Bombay plague: being a history of the progress of plague in the Bombay presidency from September 1896 to June 1899
Year: 1896
Disease focus: Plague
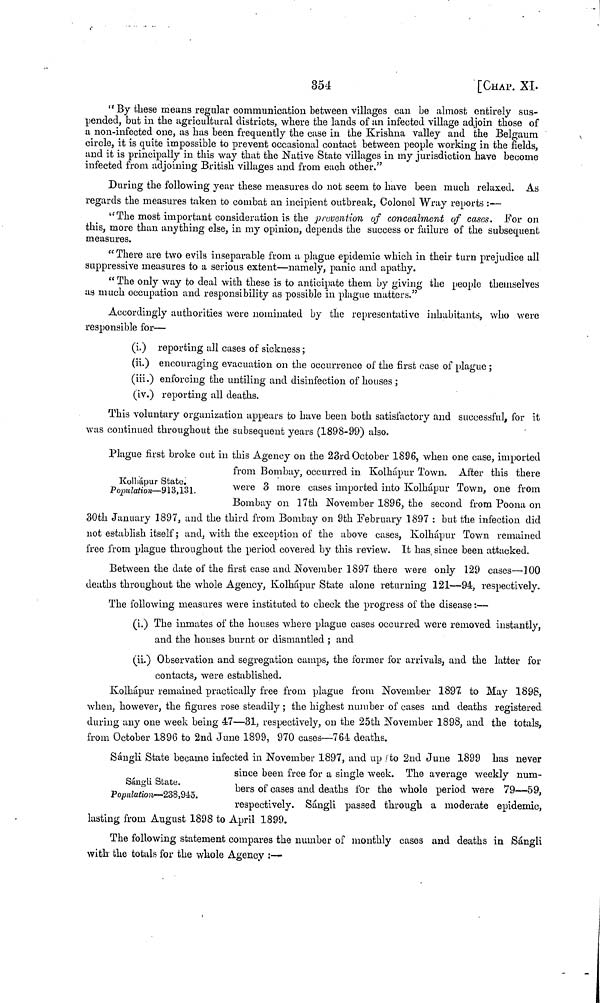
354
[CHAP. XL
"By these means regular communication between villages can be almost entirely sus-
pended, but in the agricultural districts, where the lands of an infected village adjoin those of
a non-infected one, as has been frequently the case in the Krishna valley and the Belgaum
circle, it is quite impossible to prevent occasional contact between people working in the fields,
and it is principally in this way that the Native State villages in my jurisdiction have become
infected from adjoining British villages and from each other."
During the following year these measures do not seem to have been much relaxed. As
regards the measures taken to combat an incipient outbreak, Colonel Wray reports :—
"The most important consideration is the prevention of concealment of cases. For on
this, more than anything else, in my opinion, depends the success or failure of the subsequent
measures.
" There are two evils inseparable from a plague epidemic which in their turn prejudice all
suppressive measures to a serious extent—namely, panic and apathy.
"The only way to deal with these is to anticipate them by giving the people themselves
as much occupation and responsibility as possible in plague matters."
Accordingly authorities were nominated by the representative inhabitants, who were
responsible for—
(i.) reporting all cases of sickness;
(ii.) encouraging evacuation on the occurrence of the first case of plague ;
(iii.) enforcing the untiling and disinfection of houses ;
(iv.) reporting all deaths.
This voluntary organization appears to have been both satisfactory and successful, for it
was continued throughout the subsequent years (1898-99) also.
Kolliápur State.
Population—913,131.
Plague first broke out in this Agency on the 23rd October 1896, when one case, imported
from Bombay, occurred in Kolhápur Town. After this there
were 3 more cases imported into Kolhápur Town, one from
Bombay on 17th November 1896, the second from Poona on
30th January 1897, and the third from Bombay on 9th February 1897 : but the infection did
not establish itself; and, with the exception of the above cases, Kolhápur Town remained
free from plague throughout the period covered by this review. It has since been attacked.
Between the date of the first case and November 1897 there were only 129 cases—100
deaths throughout the whole Agency, Kolhápur State alone returning 121—94, respectively.
The following measures were instituted to check the progress of the disease:—
(i.) The inmates of the houses where plague cases occurred were removed instantly,
and the houses burnt or dismantled ; and
(ii.) Observation and segregation camps, the former for arrivals, and the latter for
contacts, were established.
Kolhápur remained practically free from plague from November 1897- to May 1898,
when, however, the figures rose steadily ; the highest number of cases and deaths registered
during any one week being 47—31, respectively, on the 25th November 1898, and the totals,
from October 1896 to 2nd June 1899, 970 cases—764 deaths.
Sángli State.
Population—238,945.
Sángli State became infected in November 1897, and up to 2nd June 1899 has never
since been free for a single week. The average weekly num-
bers of cases and deaths for the whole period were 79—59,
respectively. Sángli passed through a moderate epidemic,
lasting from August 1898 to April 1899.
The following statement compares the number of monthly cases and deaths in Sángli
with the totals for the whole Agency :—